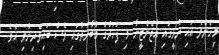
މިހެންވެ އައި ރުޅީގައި އާޖެންޓީނާ މި ފަހަރުގެ މުބާރާތުގައި ވެސް ބައިވެރިނުވި އެވެ.